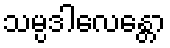
သမ္ပဒါလေန္တော